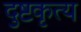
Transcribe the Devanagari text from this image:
दुष्टकृत्य